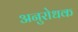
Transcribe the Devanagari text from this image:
अनुरोधक